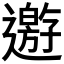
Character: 𨘋